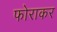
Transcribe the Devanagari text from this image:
फोराकर